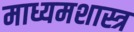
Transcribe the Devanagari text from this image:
माध्यमशास्त्र